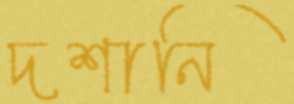
দশানি